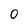
Character: 0